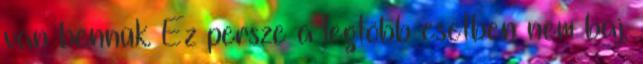
van bennük. Ez persze a legtöbb esetben nem baj,